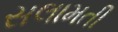
સલામતી